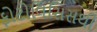
ફોટોલિસિસથી